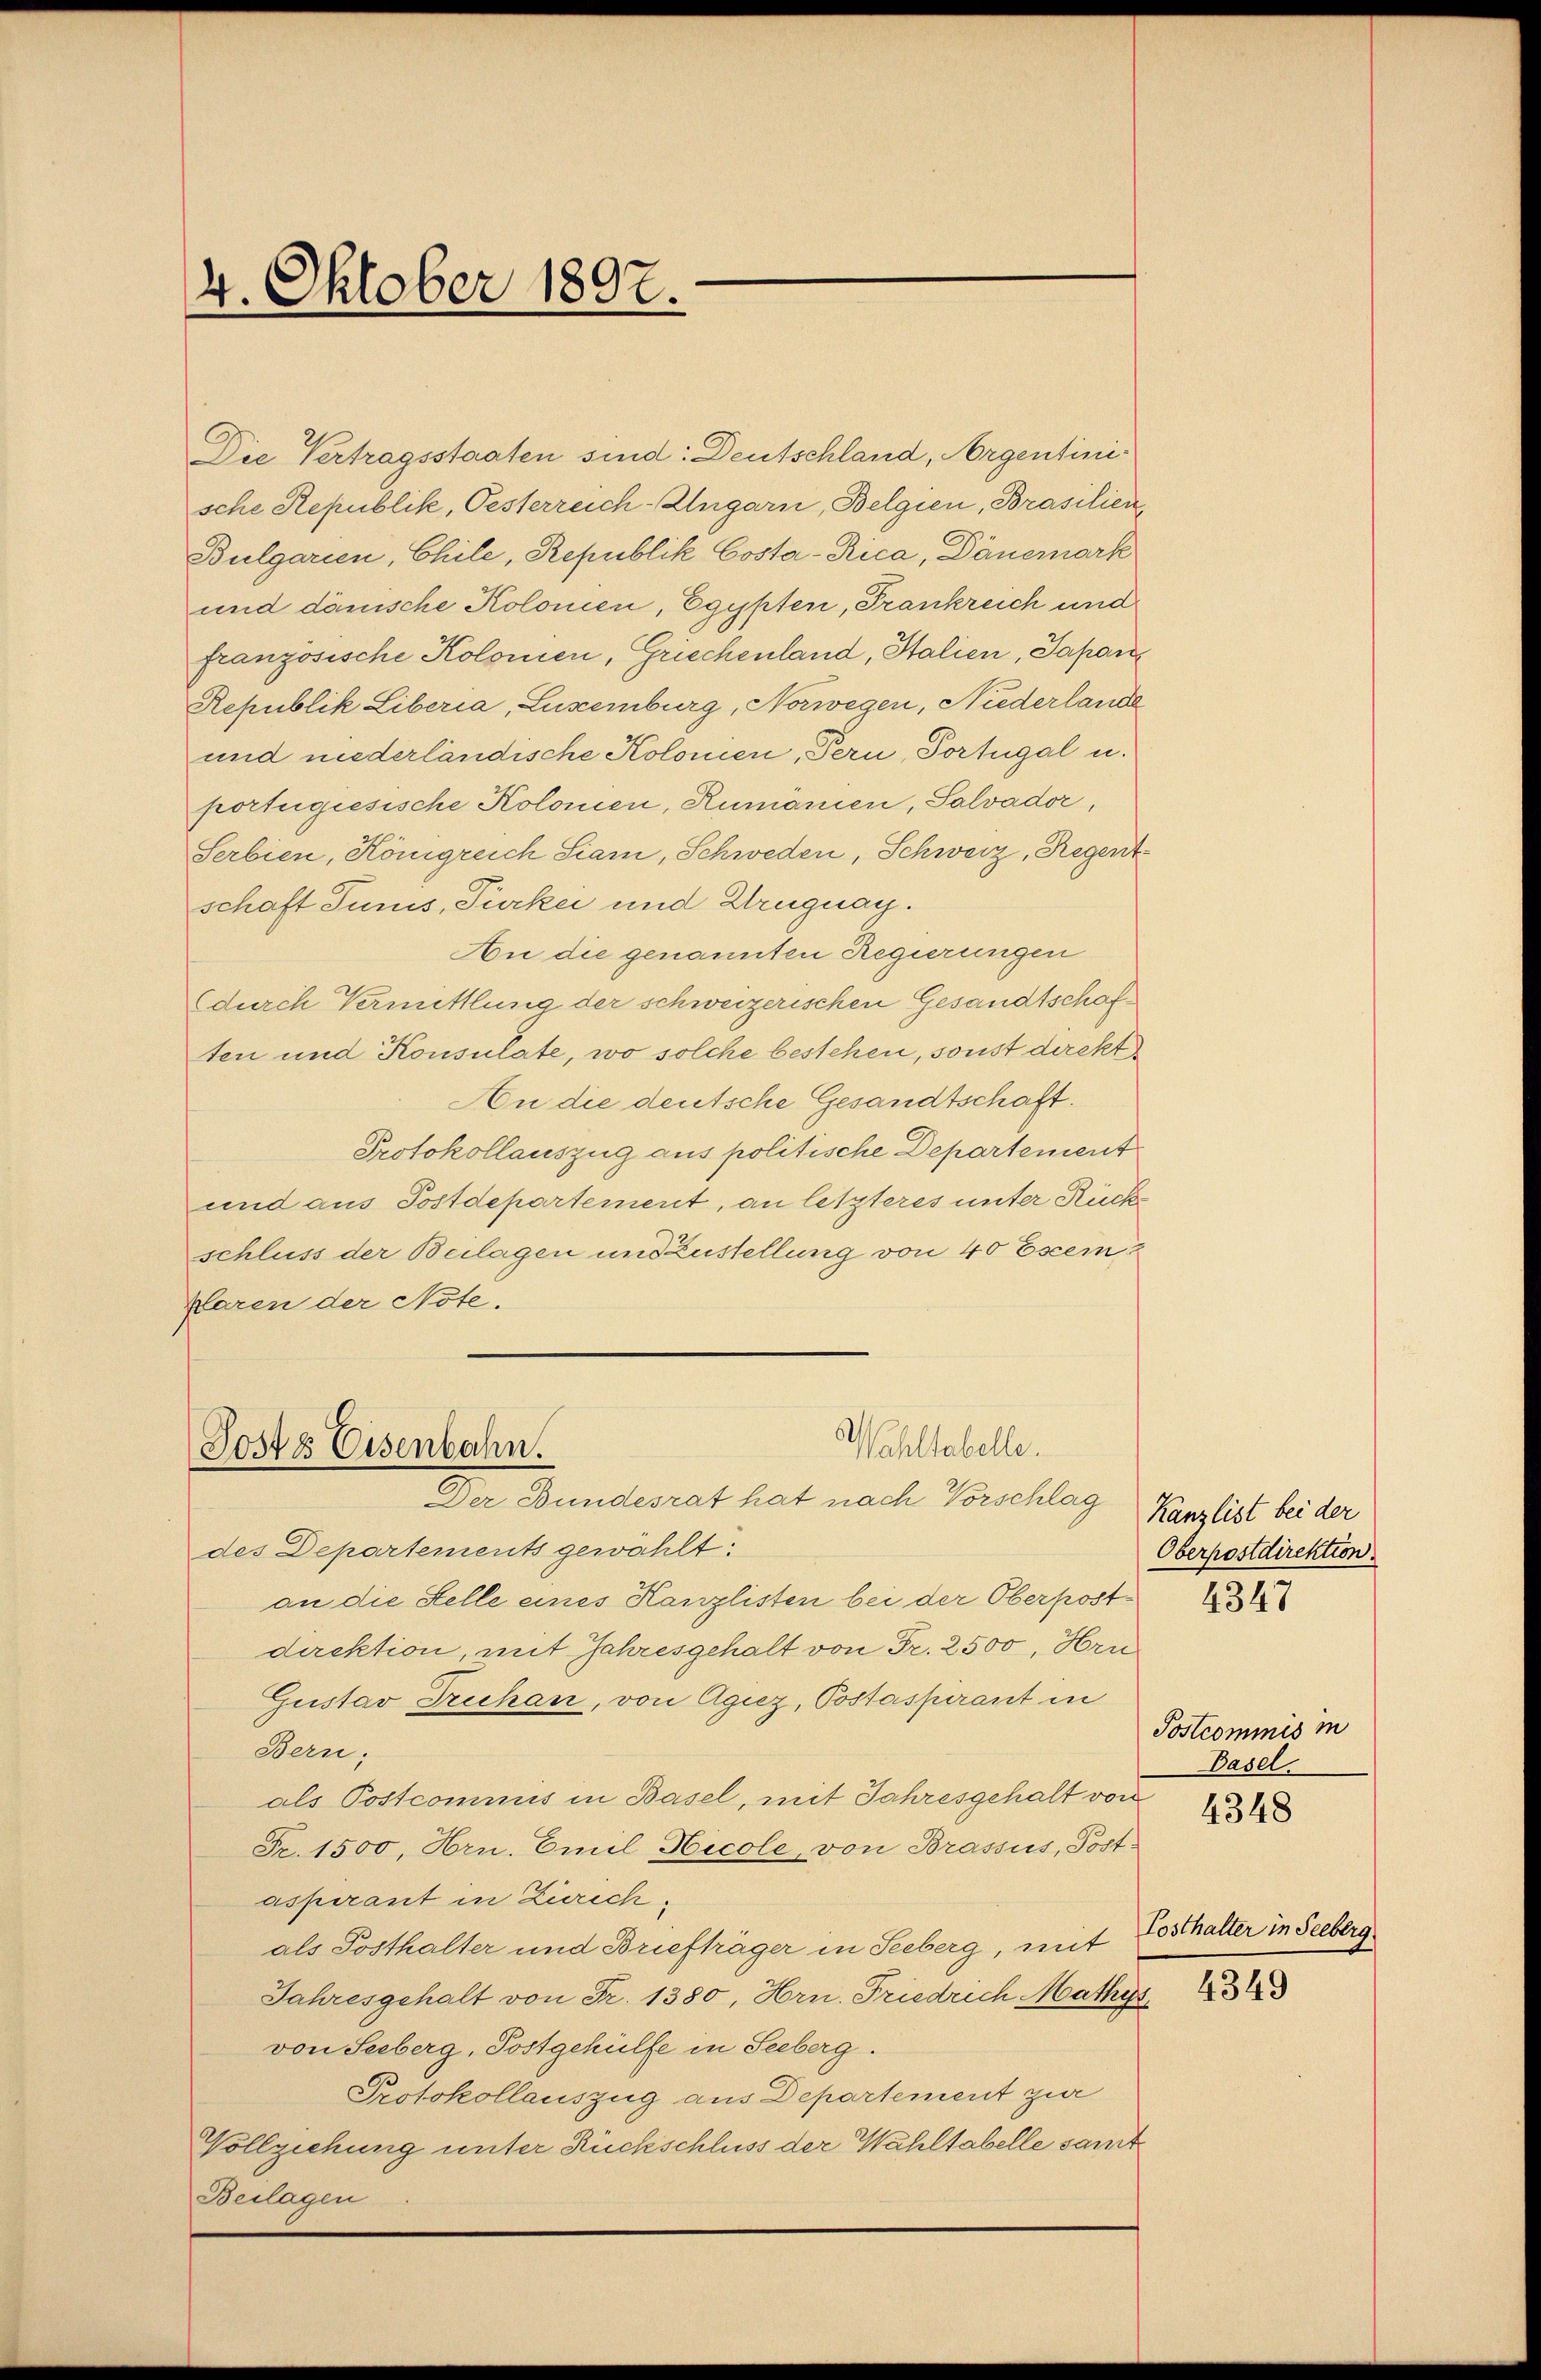
Die Vertragsstaaten sind: Deutschland, Argentinische Republik, Oesterreich-Ungarn, Belgien, Brasilien¬
Bulgarien, Chile, Republik Costa-Rica, Dänemark
und dänische Kolonen, Egypten, Frankreich und
französische Kolonen, Griechenland, Italien, Japan
Republik Liberia, Luxemburg, Norwegen, Niederlande
und niederländische Kolomen, Pern, Portugal u.
portugiesische Kolomen, Rumanien, Salvador,
Serbien, Königreich Siarn, Schweder, Schweiz, Regentschaft Junis, Pickei und Uruguay.
An die genannten Regierungen
durch Vermittlung der schweizerischen Gesandtschaften und Konsulate, wo solche bestehen, sonst direkt
An die deutsche Gesandtschaft.
Protokollauszug aus politische Departement
und aus Postdepartement, an letzteres unter Rücks
schluss der Beilagen und Zustellung von 40 Escem
klaren der Note.

4. Oktober 1897.

Wahllabelle.
Sosts Eisenbahn.
Der Bundesrat hat nach Vorschlag, Kanzlist bei der

des Departements gewählt.
an die Stelle eines Kanzlisten bei der Oberpostdirektion, mit Jahresgehalt von Fr. 2500, Hrn
Gustav Truhan, von Aguz, Postaspirant in
Bern;
als Postcommis in Basel, mit Jahresgehalt von
Fr. 1500, Hrn. Emil Hicole, von Brassus, Postaspirant in Zürichals Posthalter und Briefträger in Seeberg, mit
Jahresgehalt von Fr. 1380, Hrn. Friedrich Mathys
von Seeberg, Postgehülfe in Seeberg.
Protokollauszug aus Departement zur
Vollziehung unter Rückschluss der Wahltabelle samt
Beilagen

Oberpostdirektion.

4347

Postcommis in
Basel.

4348

Tosthalter in Seeberg

4349